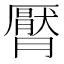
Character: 𣎩